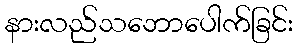
နားလည်သဘောပေါက်ခြင်း